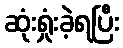
ဆုံးရှုံးခဲ့ရပြီး